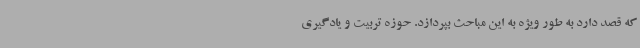
که قصد دارد به طور ویژه به این مباحث بپردازد. حوزه تربیت و یادگیری